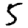
Digit: 5